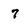
Character: 7